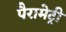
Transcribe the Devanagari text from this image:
पैरामेट्री